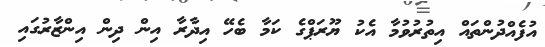
އުފެއްދުންތައް އިތުރުވުމާ އެކު ޔޫރަޕްގެ ކަމާ ބެހޭ އިދާރާ އިން ދިން އިންޒާރުގައި